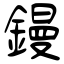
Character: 鏝